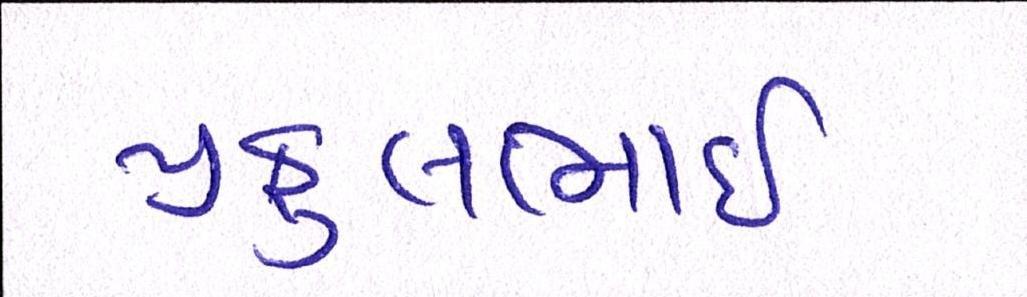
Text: પ્રફુલભાઈ